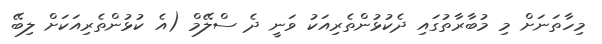
މިހާތަނަށް މި މުބާރާތުގައި ދެކުޅުންތެރިއަކު ވަނީ ދެ ސްލޭމް (އެ ކުޅުންތެރިއަކަށް ލިބޭ